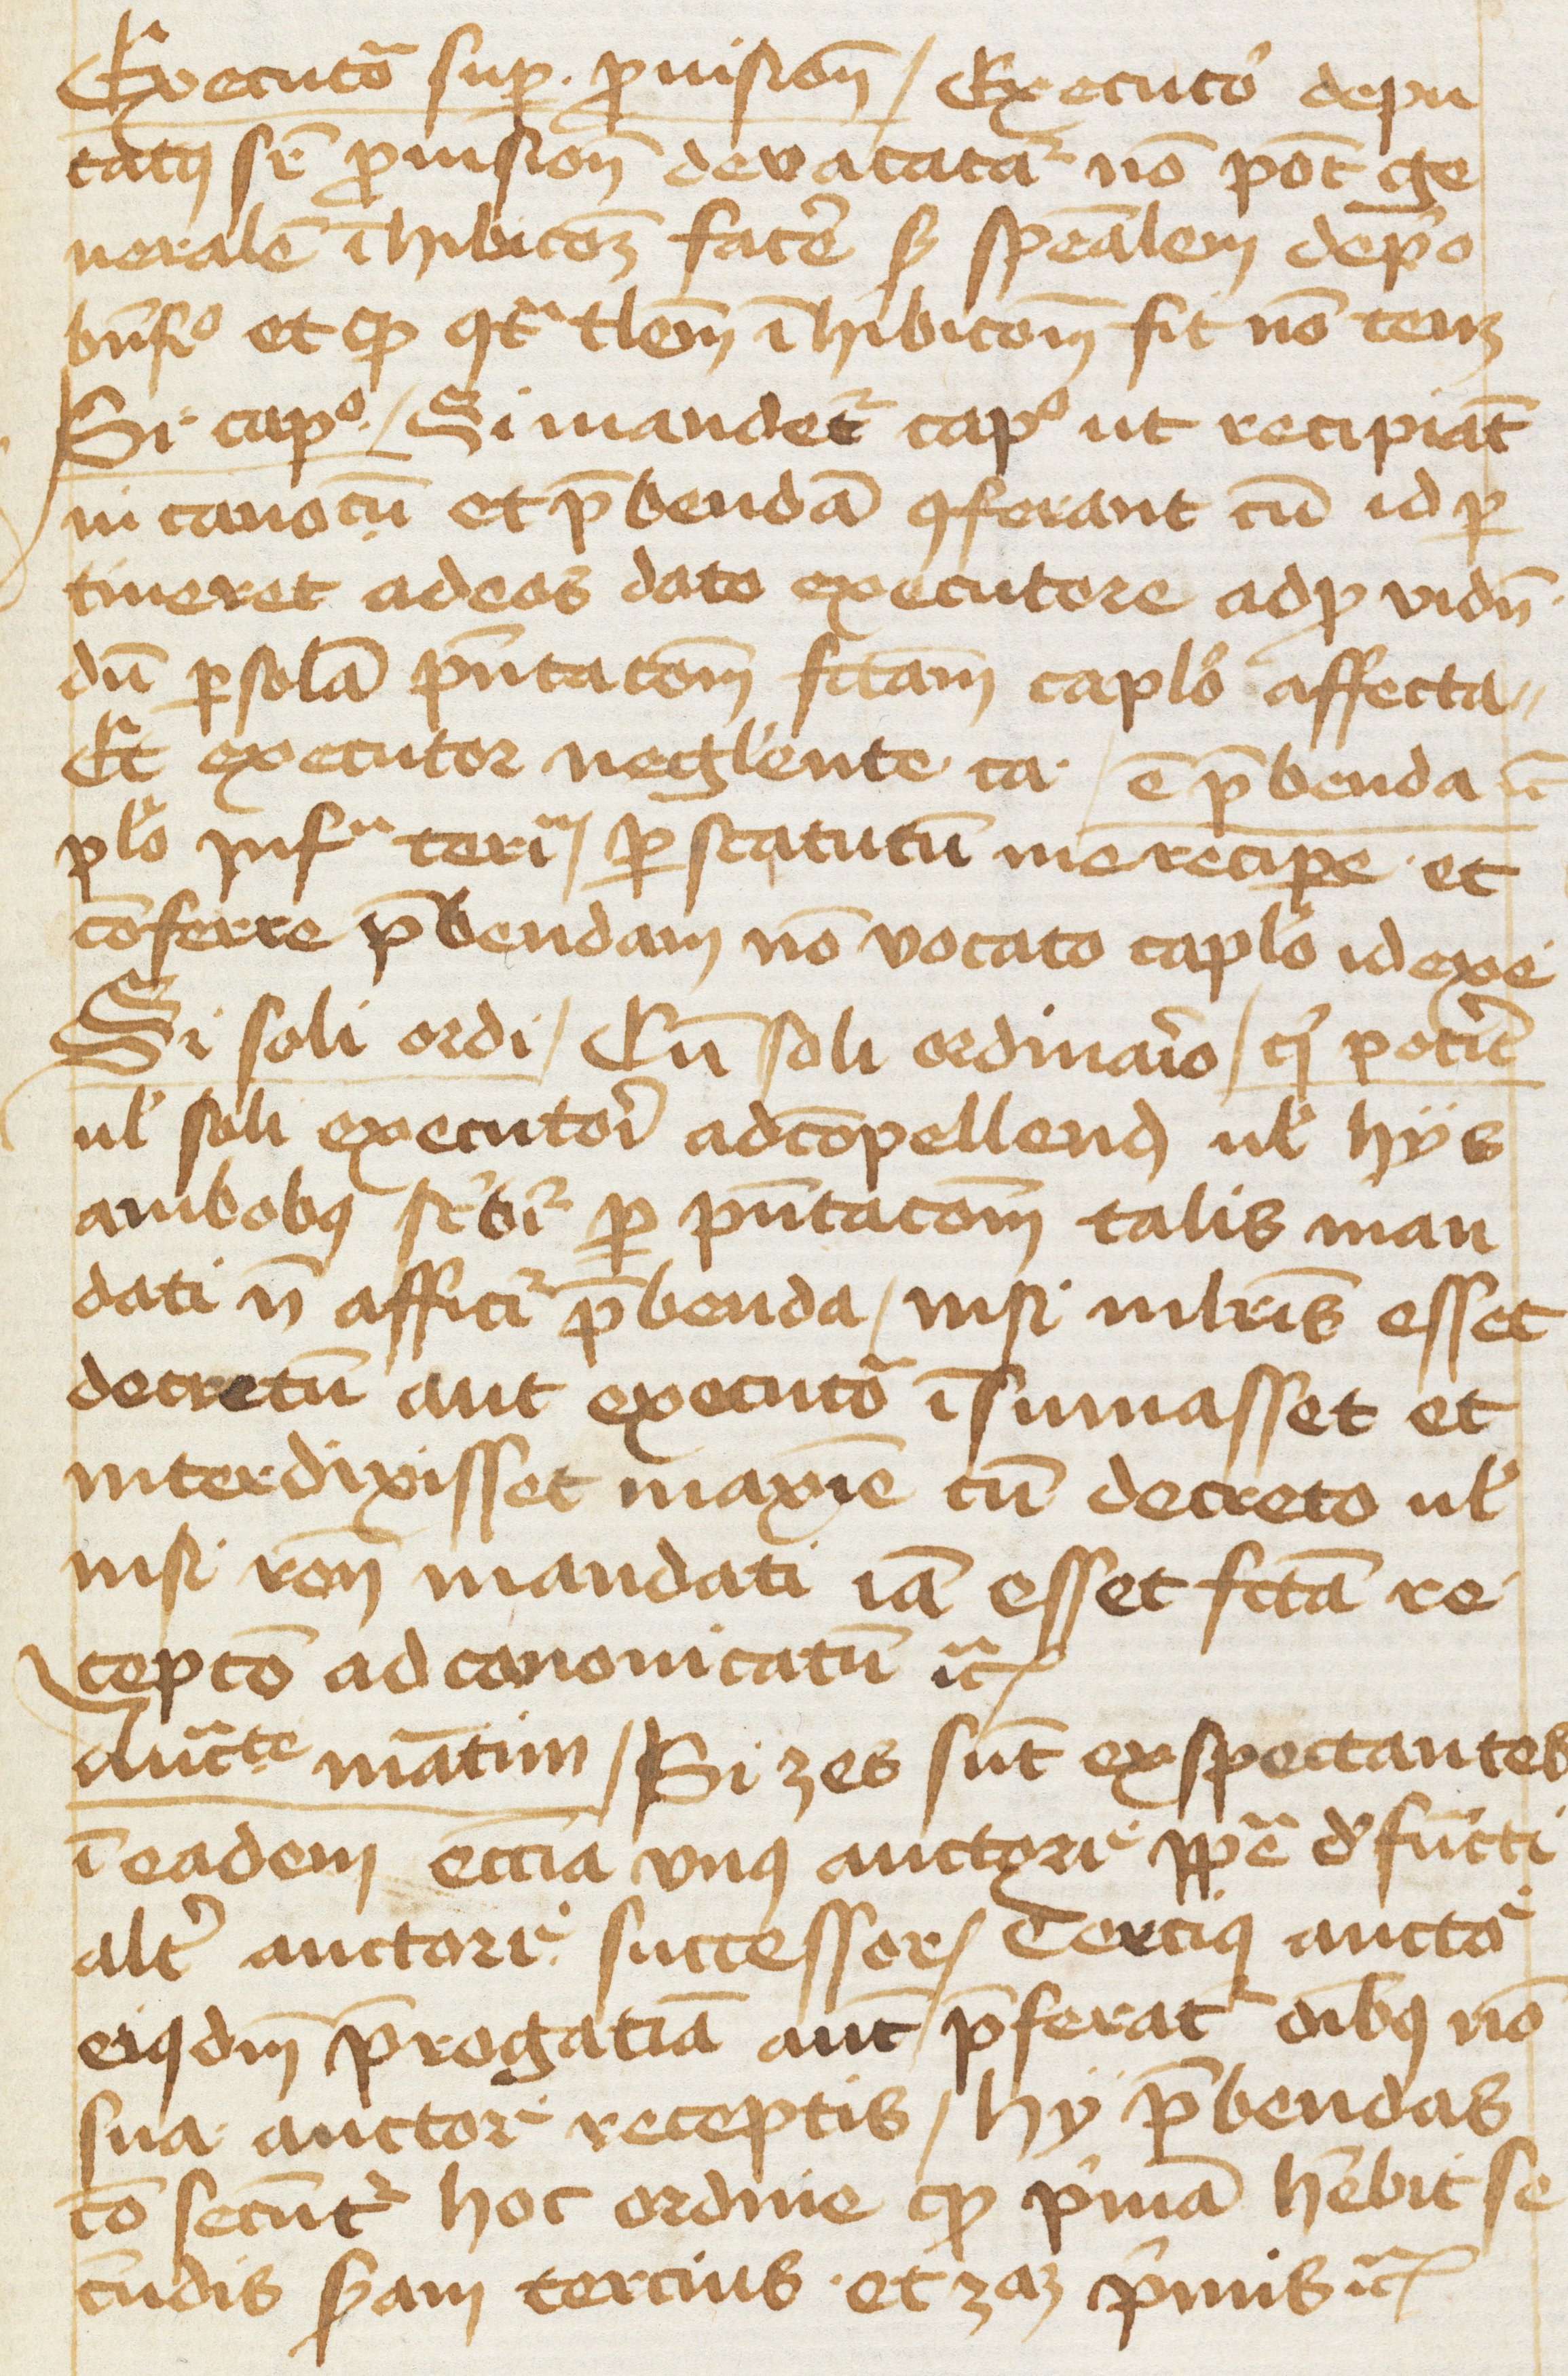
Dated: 1400–1499